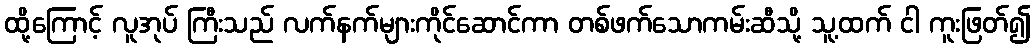
ထို့ကြောင့် လူအုပ် ကြီးသည် လက်နက်များကိုင်ဆောင်ကာ တစ်ဖက်သောကမ်းဆီသို့ သူ့ထက် ငါ ကူးဖြတ်၍